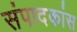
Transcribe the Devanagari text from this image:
संपादकांस